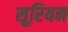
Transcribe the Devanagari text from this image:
सूरियन